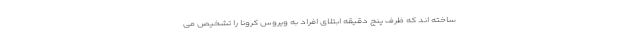
ساخته اند که ظرف پنج دقیقه ابتلای افراد به ویروس کرونا را تشخیص می